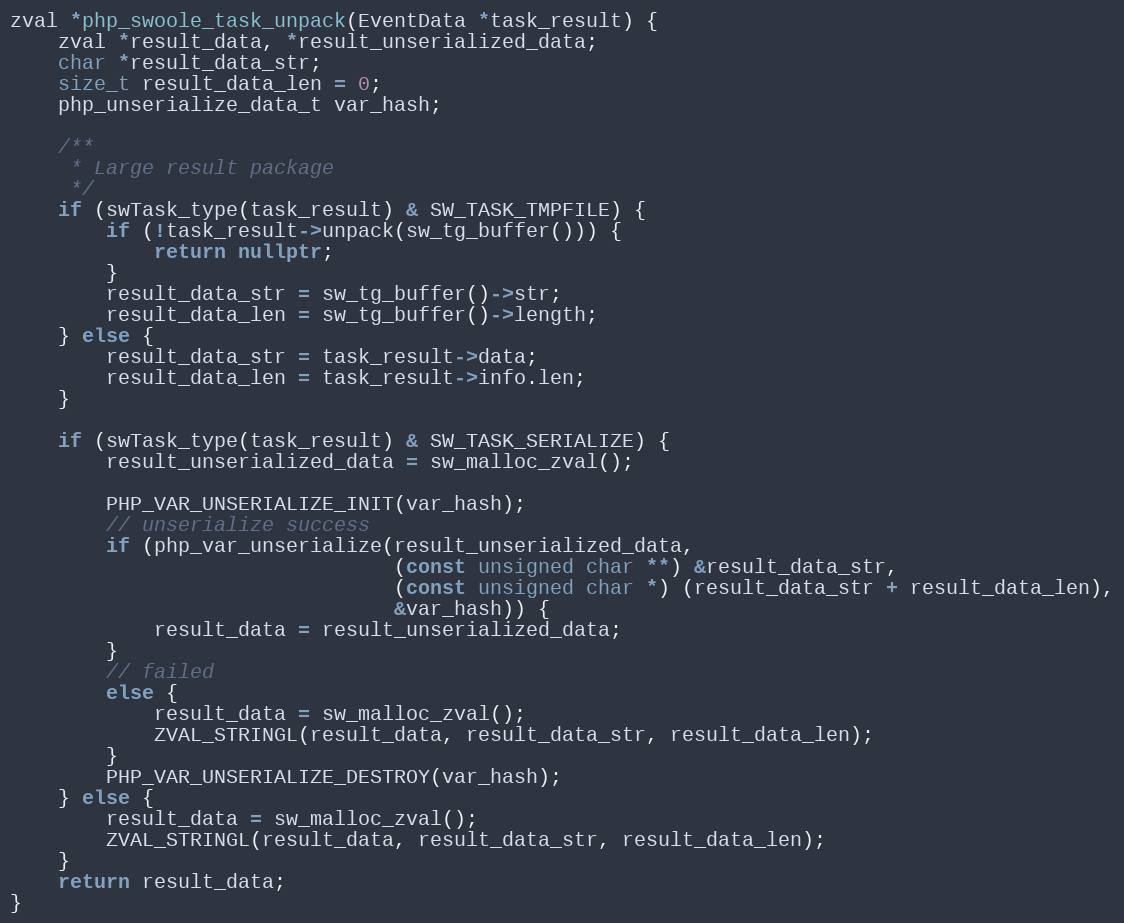
Language: C++
zval *php_swoole_task_unpack(EventData *task_result) {
    zval *result_data, *result_unserialized_data;
    char *result_data_str;
    size_t result_data_len = 0;
    php_unserialize_data_t var_hash;

    /**
     * Large result package
     */
    if (swTask_type(task_result) & SW_TASK_TMPFILE) {
        if (!task_result->unpack(sw_tg_buffer())) {
            return nullptr;
        }
        result_data_str = sw_tg_buffer()->str;
        result_data_len = sw_tg_buffer()->length;
    } else {
        result_data_str = task_result->data;
        result_data_len = task_result->info.len;
    }

    if (swTask_type(task_result) & SW_TASK_SERIALIZE) {
        result_unserialized_data = sw_malloc_zval();

        PHP_VAR_UNSERIALIZE_INIT(var_hash);
        // unserialize success
        if (php_var_unserialize(result_unserialized_data,
                                (const unsigned char **) &result_data_str,
                                (const unsigned char *) (result_data_str + result_data_len),
                                &var_hash)) {
            result_data = result_unserialized_data;
        }
        // failed
        else {
            result_data = sw_malloc_zval();
            ZVAL_STRINGL(result_data, result_data_str, result_data_len);
        }
        PHP_VAR_UNSERIALIZE_DESTROY(var_hash);
    } else {
        result_data = sw_malloc_zval();
        ZVAL_STRINGL(result_data, result_data_str, result_data_len);
    }
    return result_data;
}